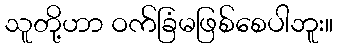
သူတို့ဟာ ဝက်ခြံမဖြစ်စေပါဘူး။